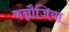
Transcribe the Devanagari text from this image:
कन्नौजिया